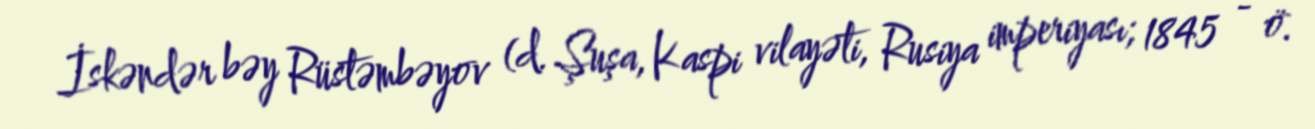
İskəndər bəy Rüstəmbəyov (d. Şuşa, Kaspi vilayəti, Rusiya imperiyası; 1845 - ö.